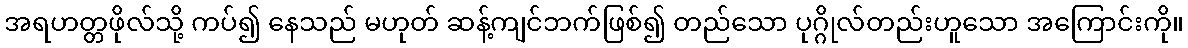
အရဟတ္တဖိုလ်သို့ ကပ်၍ နေသည် မဟုတ် ဆန့်ကျင်ဘက်ဖြစ်၍ တည်သော ပုဂ္ဂိုလ်တည်းဟူသော အကြောင်းကို။